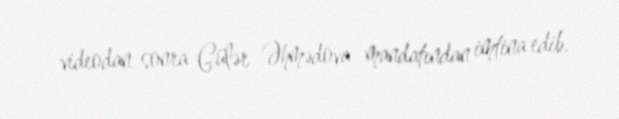
videodan sonra Gülər Əhmədova mandatından imtina edib.